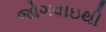
જોગવાઇથી